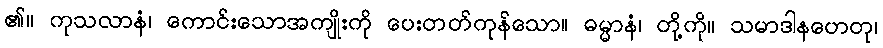
၏။ ကုသလာနံ၊ ကောင်းသောအကျိုးကို ပေးတတ်ကုန်သော။ ဓမ္မာနံ၊ တို့ကို။ သမာဒါနဟေတု၊